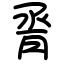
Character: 脀